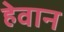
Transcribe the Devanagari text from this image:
हेवान